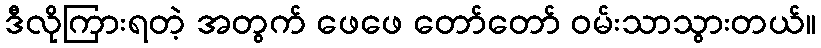
ဒီလိုကြားရတဲ့ အတွက် ဖေဖေ တော်တော် ဝမ်းသာသွားတယ်။